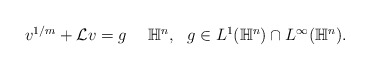
\begin{align*} \begin{aligned} v^{1/m}+\mathcal{L}v=g ~~ ~~\mathbb{H}^n, ~~g\in L^1(\mathbb{H}^n)\cap L^{\infty}(\mathbb{H}^n). \end{aligned}\end{align*}